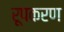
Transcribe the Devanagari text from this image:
रूपकरण